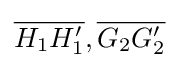
{\overline {H_{1}H'_{1}}},{\overline {G_{2}G'_{2}}}